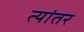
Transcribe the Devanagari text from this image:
त्यांतर